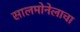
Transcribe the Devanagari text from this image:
सालमोनेलाचा